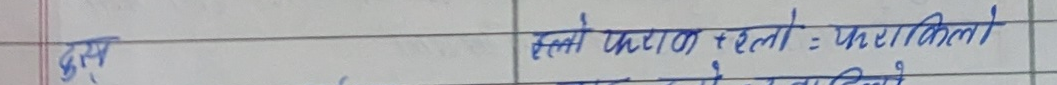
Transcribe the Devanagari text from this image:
कुल
सन्ते पटल रहला = फकिली १